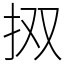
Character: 㧐